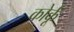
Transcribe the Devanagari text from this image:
कोर्कू